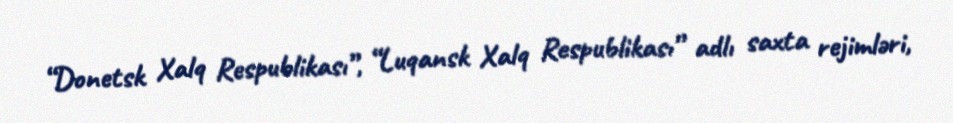
“Donetsk Xalq Respublikası”, “Luqansk Xalq Respublikası” adlı saxta rejimləri,